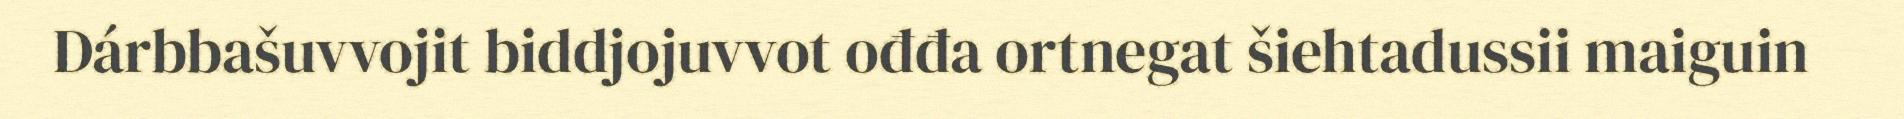
Dárbbašuvvojit biddjojuvvot ođđa ortnegat šiehtadussii maiguin